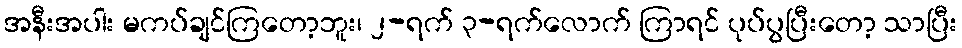
အနီးအပါး မကပ်ချင်ကြတော့ဘူး၊ ၂-ရက် ၃-ရက်လောက် ကြာရင် ပုပ်ပွပြီးတော့ သာပြီး